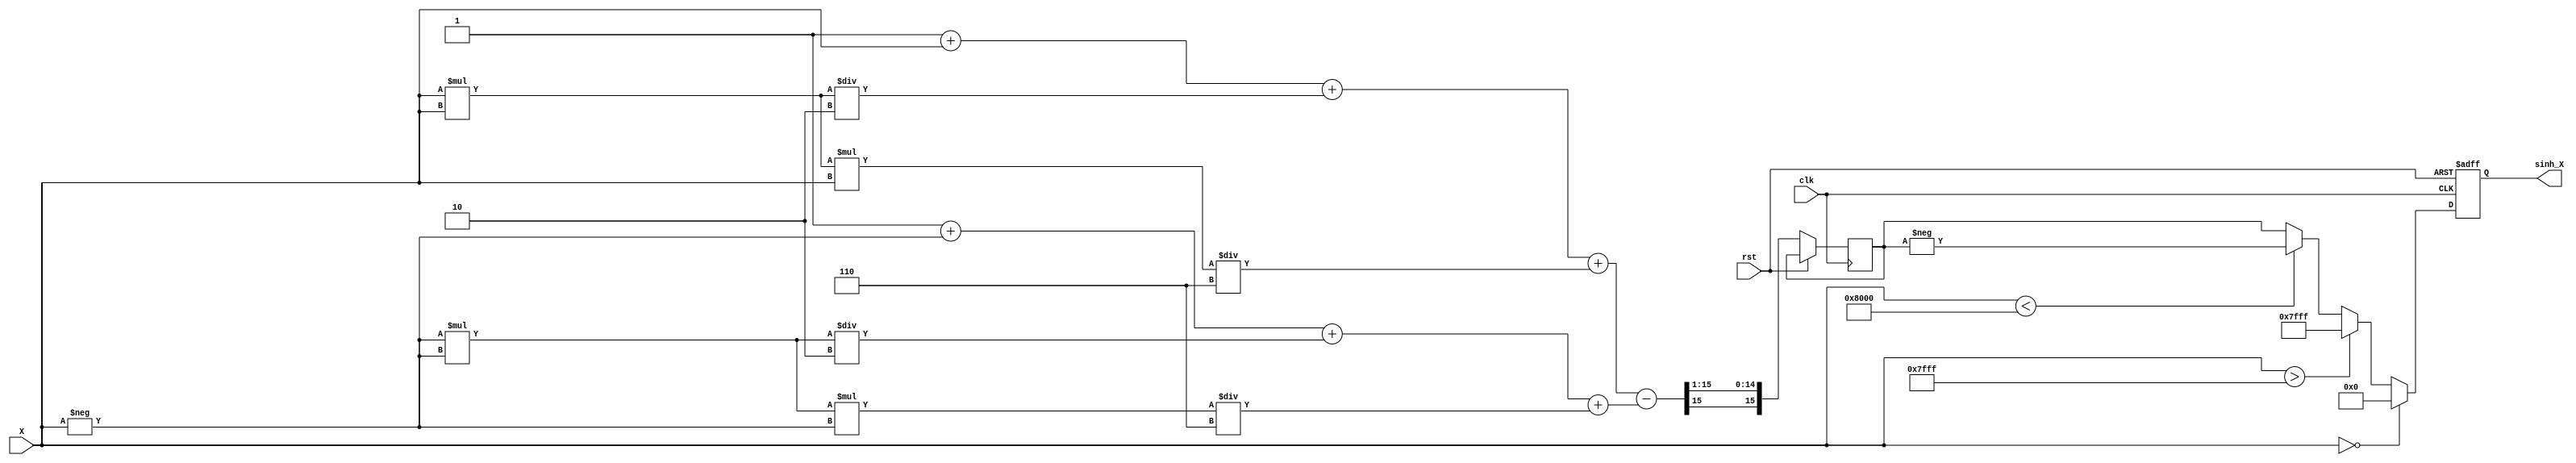
module sinh_arithmetic_block (
    input wire signed [15:0] X,         // Input value (fixed-point representation)
    output reg signed [15:0] sinh_X,     // Output value (sinh(X))
    input wire clk,                      // Clock signal
    input wire rst                       // Reset signal
);

    // Internal signals
    wire signed [15:0] exp_X;           // e^X
    wire signed [15:0] exp_neg_X;       // e^-X
    wire signed [15:0] exp_diff;         // e^X - e^-X
    reg signed [15:0] temp_sinh;         // Temporary storage for sinh result

    // Exponentiation using a simple lookup table or polynomial approximation
    // For simplicity, we will use a basic approximation here
    function signed [15:0] exp_approx;
        input signed [15:0] x;
        begin
            // Simple polynomial approximation for e^x
            exp_approx = 16'h0001 + x + (x * x) / 16'h0002 + (x * x * x) / 16'h0006; // e^x  1 + x + x^2/2 + x^3/6
        end
    endfunction

    // Compute e^X and e^-X
    assign exp_X = exp_approx(X);
    assign exp_neg_X = exp_approx(-X);

    // Compute e^X - e^-X
    assign exp_diff = exp_X - exp_neg_X;

    // Compute sinh(X) = (e^X - e^-X) / 2
    always @(posedge clk or posedge rst) begin
        if (rst) begin
            sinh_X <= 16'h0000; // Reset output
        end else begin
            temp_sinh <= exp_diff >>> 1; // Divide by 2 (right shift by 1)
            // Handle special cases
            if (X == 16'h0000) begin
                sinh_X <= 16'h0000; // sinh(0) = 0
            end else if (X > 16'h7FFF) begin
                sinh_X <= 16'h7FFF; // Saturate for large positive values
            end else if (X < 16'h8000) begin
                sinh_X <= -temp_sinh; // Handle negative input
            end else begin
                sinh_X <= temp_sinh; // Normal case
            end
        end
    end

endmodule